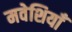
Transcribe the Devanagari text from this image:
मवेशियाँ